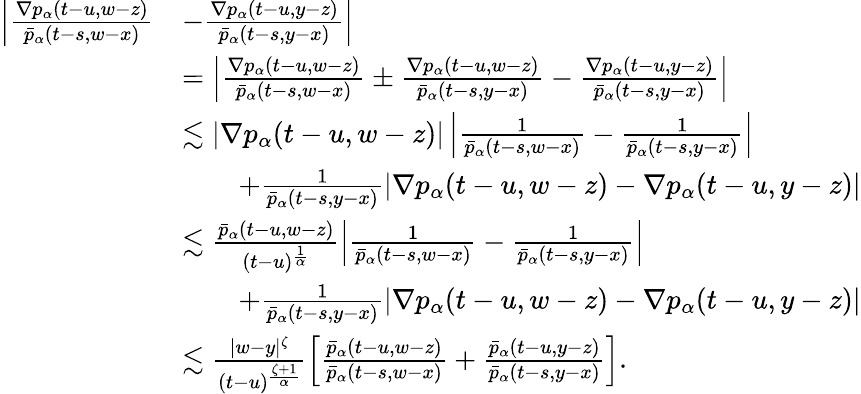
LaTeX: \begin{array}{rl}{\left|\frac{\nabla p_{\alpha}(t-u,w-z)}{\bar{p}_{\alpha}(t-s,w-x)}\right.}&{\left.-\frac{\nabla p_{\alpha}(t-u,y-z)}{\bar{p}_{\alpha}(t-s,y-x)}\right|}\\ &{=\left|\frac{\nabla p_{\alpha}(t-u,w-z)}{\bar{p}_{\alpha}(t-s,w-x)}\pm\frac{\nabla p_{\alpha}(t-u,w-z)}{\bar{p}_{\alpha}(t-s,y-x)}-\frac{\nabla p_{\alpha}(t-u,y-z)}{\bar{p}_{\alpha}(t-s,y-x)}\right|}\\ &{\lesssim|\nabla p_{\alpha}(t-u,w-z)|\left|\frac{1}{\bar{p}_{\alpha}(t-s,w-x)}-\frac{1}{\bar{p}_{\alpha}(t-s,y-x)}\right|}\\ &{\qquad+\frac{1}{\bar{p}_{\alpha}(t-s,y-x)}\left|\nabla p_{\alpha}(t-u,w-z)-\nabla p_{\alpha}(t-u,y-z)\right|}\\ &{\lesssim\frac{\bar{p}_{\alpha}(t-u,w-z)}{(t-u)^{\frac{1}{\alpha}}}\left|\frac{1}{\bar{p}_{\alpha}(t-s,w-x)}-\frac{1}{\bar{p}_{\alpha}(t-s,y-x)}\right|}\\ &{\qquad+\frac{1}{\bar{p}_{\alpha}(t-s,y-x)}\left|\nabla p_{\alpha}(t-u,w-z)-\nabla p_{\alpha}(t-u,y-z)\right|}\\ &{\lesssim\frac{|w-y|^{\zeta}}{(t-u)^{\frac{\zeta+1}{\alpha}}}\left[\frac{\bar{p}_{\alpha}(t-u,w-z)}{\bar{p}_{\alpha}(t-s,w-x)}+\frac{\bar{p}_{\alpha}(t-u,y-z)}{\bar{p}_{\alpha}(t-s,y-x)}\right].}\end{array}